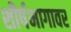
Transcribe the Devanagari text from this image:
शीर्षभागावर